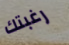
رغبتك